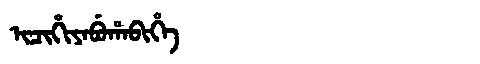
Manchu: ᡳᠴᡳᡥᡳᠶᠠᠪᡠᡥᠠᠪᡳᡥᡝ
Romanization: ICIHIYABUHABIHE